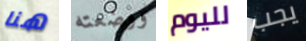
هنا ووضعته لليوم يجب